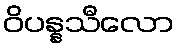
ဝိပန္နသီလော